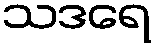
သဒရေ